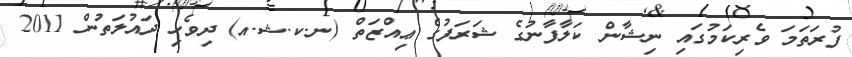
ފުރަތަމަ ވެރިކަމުގައި ނިޝާން ކަލާފާނުގެ ޝަރަފުގެ ޢިއްޒަތް (ނ.ކ.ޝ.އ) ދިވެހި ދައުލަތުން 2011